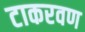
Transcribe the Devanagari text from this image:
टाकरवण